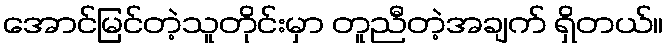
အောင်မြင်တဲ့သူတိုင်းမှာ တူညီတဲ့အချက် ရှိတယ်။